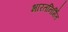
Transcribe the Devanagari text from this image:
भारतनिर्मित